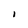
Character: 1